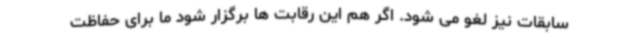
سابقات نیز لغو می شود. اگر هم این رقابت ها برگزار شود ما برای حفاظت